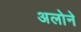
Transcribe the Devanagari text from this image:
अलोने